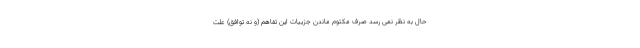
حال به نظر نمی رسد صرف مکتوم ماندن جزییات این تفاهم (و نه توافق) علت